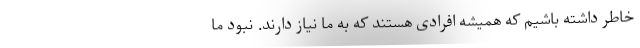
خاطر داشته باشیم که همیشه افرادی هستند که به ما نیاز دارند. نبود ما